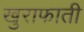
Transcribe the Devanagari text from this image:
खुराफाती